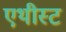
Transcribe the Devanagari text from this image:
एथीस्ट